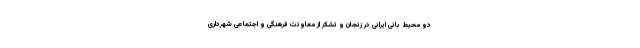
دو محیط بانی ایرانی در زنجان و تشکر از معاونت فرهنگی و اجتماعی شهرداری